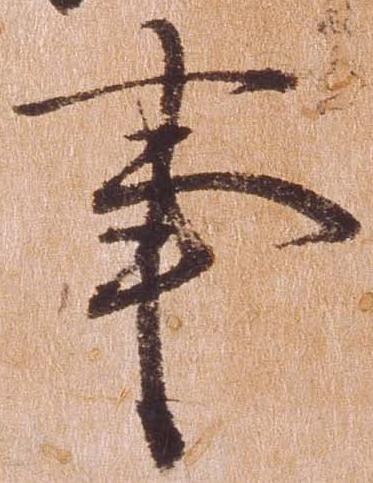
事